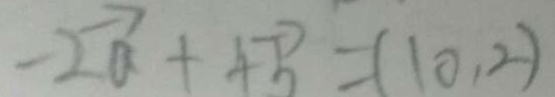
- 2 \overrightarrow { a } + 4 \overrightarrow { b } = ( 1 0 , 2 )